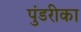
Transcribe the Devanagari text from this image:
पुंडरीका